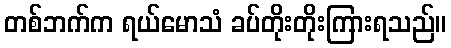
တစ်ဘက်က ရယ်မောသံ ခပ်တိုးတိုးကြားရသည်။